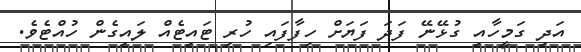
އަދި ގަމީހާއި ގުޅޭނޭ ފަދަ ފަޔަށް ހިފާފައި ހުރި ޓައިޓެއް ލައިގެން ހުއްޓެވެ.